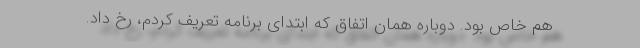
هم خاص بود. دوباره همان اتفاق که ابتدای برنامه تعریف کردم، رخ داد.